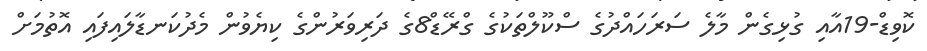
ކޮވިޑް-19އާއި ގުޅިގެން މާލެ ސަރަހައްދުގެ ސްކޫލްތަކުގެ ގްރޭޑް8ގެ ދަރިވަރުންގެ ކިޔެވުން މެދުކަނޑާލައިފައި އޮތުމަށް